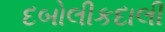
દબોલીકદાલી